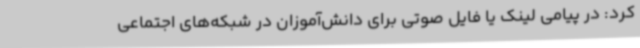
کرد: در پیامی لینک یا فایل صوتی برای دانش‌آموزان در شبکه‌های اجتماعی